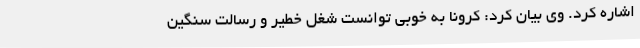
اشاره کرد. وی بیان کرد: کرونا به خوبی توانست شغل خطیر و رسالت سنگین